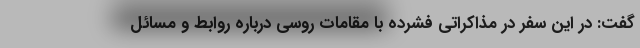
گفت: در این سفر در مذاکراتی فشرده با مقامات روسی درباره روابط و مسائل